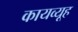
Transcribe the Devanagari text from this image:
कायव्यूह